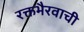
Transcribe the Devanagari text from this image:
रक्तभैरवाची